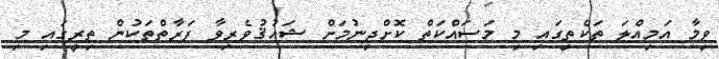
ވީމާ އަމިއްލަ ތަކެތީގައި މި މަސައްކަތް ކޮށްދިނުމަށް ޝައުޤުވެރިވާ ފަރާތްތަކުން ތިރީގައި މި